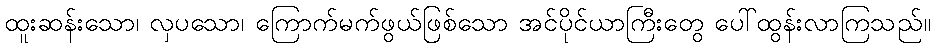
ထူးဆန်းသော၊ လှပသော၊ ကြောက်မက်ဖွယ်ဖြစ်သော အင်ပိုင်ယာကြီးတွေ ပေါ်ထွန်းလာကြသည်။